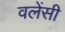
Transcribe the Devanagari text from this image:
वलेंसी